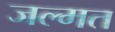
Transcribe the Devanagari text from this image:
जल्मत